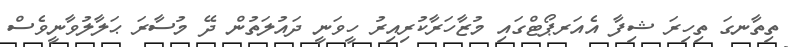
ތިތާނގަ ތިހިރަ ޝިފާ އެއަރޕޯޓްގައި މުޒާހަރާކުރިއިރު ހީވަނީ ދައުލަތުން ދޭ މުސާރަ ޙަލާލުވާނީވެސް